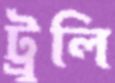
ট্রুলি